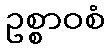
ဥစ္စာဝစံ